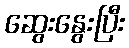
ဆွေးနွေးပြီး